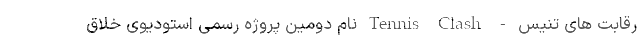
رقابت های تنیس - Tennis Clash نام دومین پروژه رسمی استودیوی خلاق